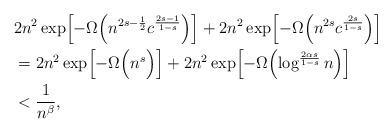
LaTeX: \begin{align*}&2n^2\exp\Bigl[-\Omega\Bigl( n^{ 2s-\frac 12}c^{ \frac{2s-1}{1-s}}\Bigr)\Bigr]+2n^2\exp\Bigl[-\Omega\Bigl(n^{2s}c^{ \frac{2s}{1-s}}\Bigr)\Bigr]\\&=2n^2\exp\Bigl[-\Omega\Bigl( n^{ s}\Bigr)\Bigr]+2n^2\exp\Bigl[-\Omega\Bigl(\log^{ \frac{2\alpha s}{1-s}} n\Bigr)\Bigr]\\&< \frac{1}{n^\beta},\end{align*}